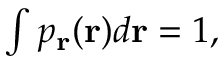
\begin{array} { r } { \int p _ { \mathbf { r } } ( \mathbf { r } ) d \mathbf { r } = 1 , } \end{array}